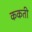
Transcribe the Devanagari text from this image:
ककती